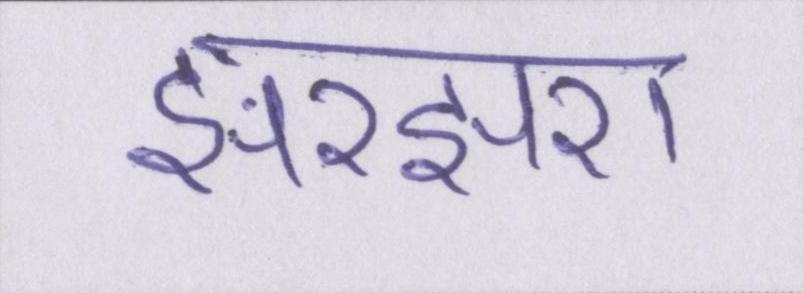
झरझरा